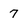
Character: 7